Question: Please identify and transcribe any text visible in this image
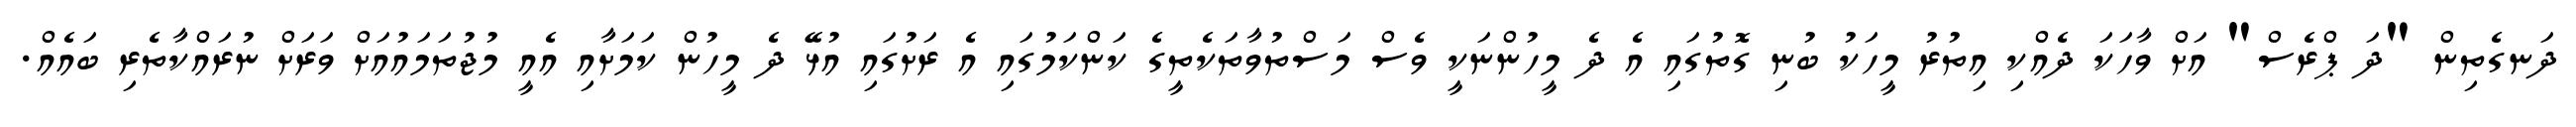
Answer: ދަނގެތިން "ދަ ޕްރެސް" އަށް ވާހަކަ ދެއްކި އިތުރު މީހަކު ބުނި ގޮތުގައި އެ ދެ މީހުންނަކީ ވެސް މަސްތުވާތަކެތީގެ ކަންކަމުގައި އެ ރަށުގައި އުޅޭ ދެ މީހުން ކަމަށާއި އެއީ މުޖުތަމައުއަށް ވަރަށް ނުރައްކާތެރި ބައެއް.